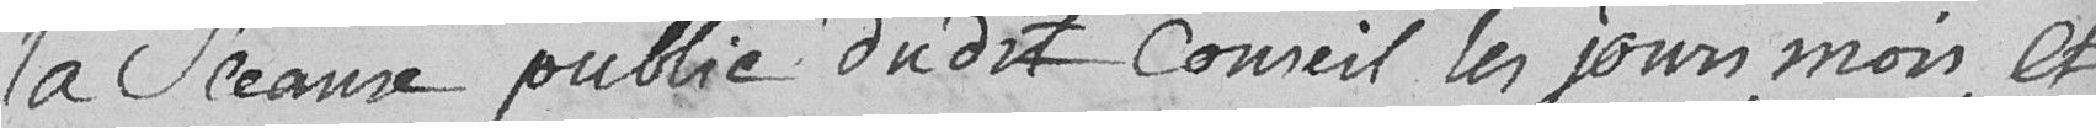
la sceaux public dudit conseil les jours, mois, et